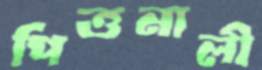
পিত্তনালী